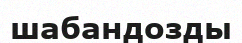
шабандозды